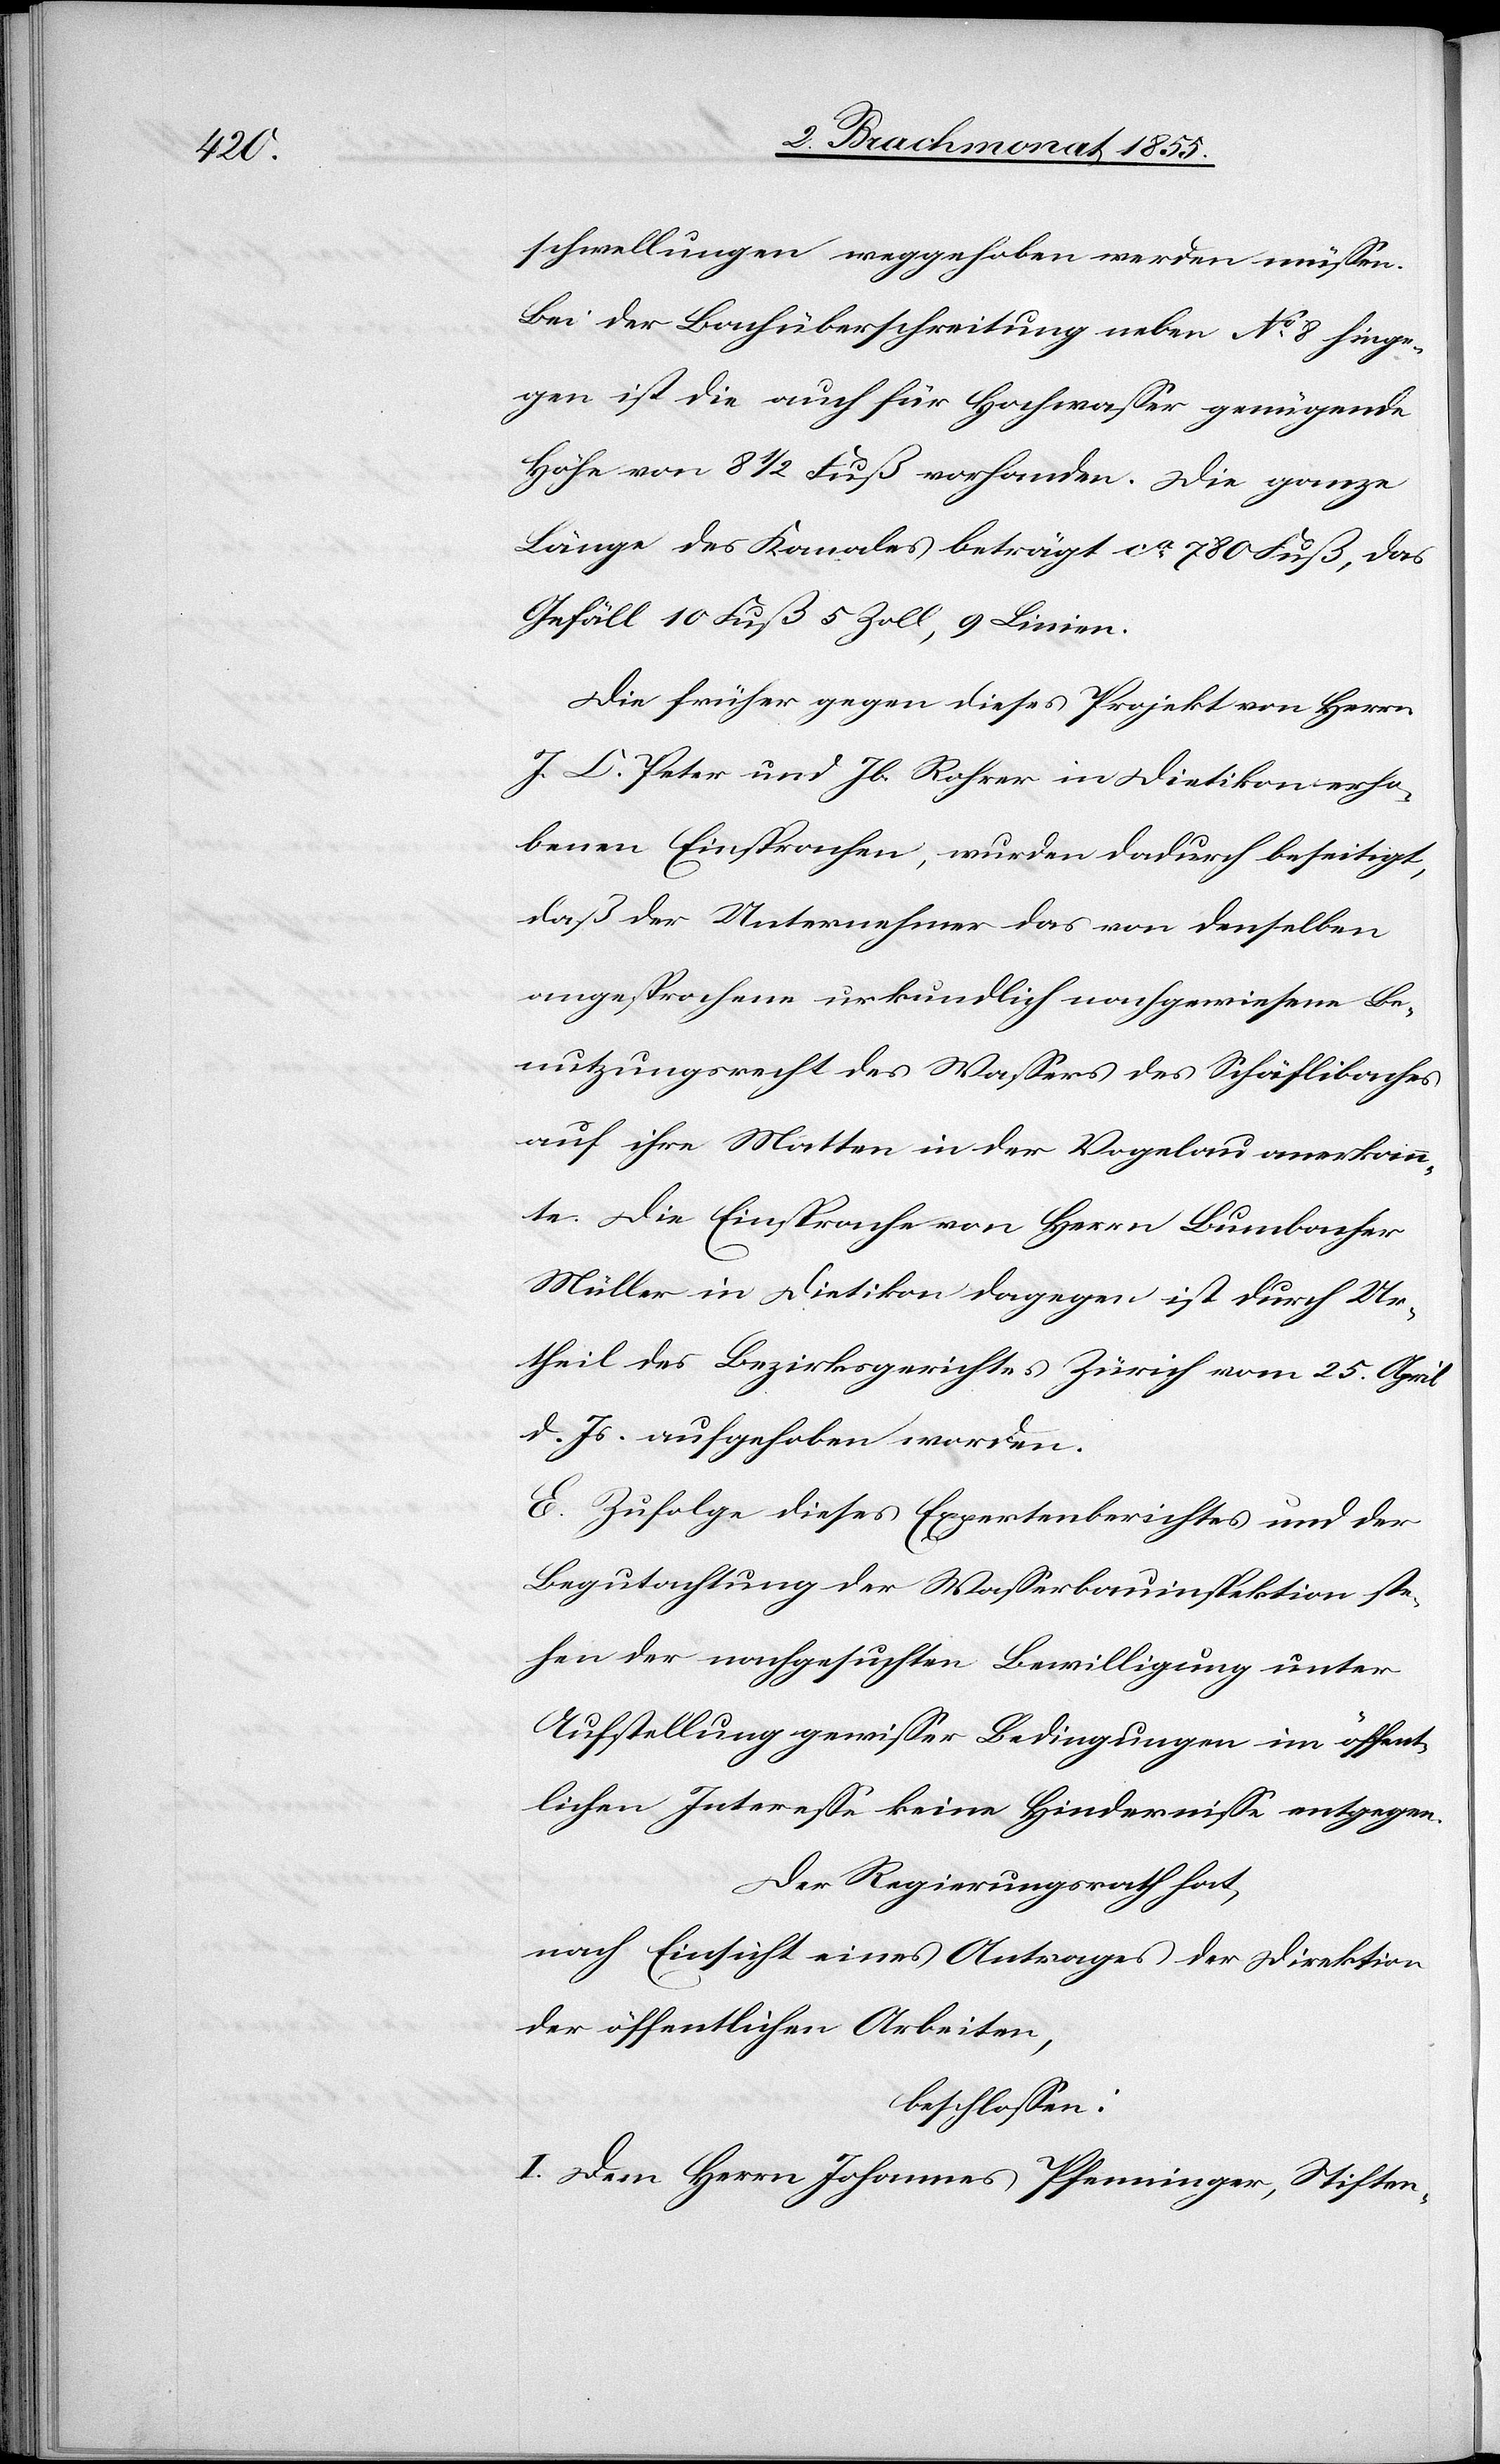
schwellungen weggehoben werden müssen.
Bei der Bachüberschreitung neben No. 8 hinge¬
gen ist die auch für Hochwasser genügende
Höhe von 8 1/2 Fuß vorhanden. Die ganze
Länge des Kanales beträgt ca. 780 Fuß, das
Gefäll 10 Fuß 5 Zoll, 9 Linien.
Die früher gegen dieses Projekt von Herrn
J. C. Peter und Jb. Rohrer in Dietikon erho¬
benen Einsprachen, wurden dadurch beseitigt,
daß der Unternehmer das von denselben
angesprochene urkundlich nachgewiesene Be¬
nutzungsrecht des Wassers des Schäflibaches
auf ihre Matten in der Vogelau anerkann¬
te. Die Einsprache von Herrn Bumbacher
Müller in Dietikon dagegen ist durch Ur¬
theil des Bezirksgerichtes Zürich vom 25. April
d. Js. aufgehoben worden.
F.] Zufolge dieses Expertenberichtes und der
Begutachtung der Wasserbauinspektion ste¬
hen der nachgesuchten Bewilligung unter
Aufstellung gewisser Bedingungen im öffent¬
lichen Interesse keine Hindernisse entgegen.
Der Regierungsrath hat,
nach Einsicht eines Antrages der Direktion
der öffentlichen Arbeiten,
beschlossen:
I. Dem Herrn Johannes Pfenninger, Stiften-